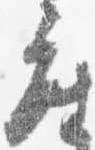
座